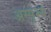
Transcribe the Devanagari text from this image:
अस्पृश्‍य